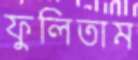
ফুলিতাম